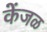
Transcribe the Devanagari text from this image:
केंजळ